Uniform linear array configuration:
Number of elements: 16
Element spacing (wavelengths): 1
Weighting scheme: binomial
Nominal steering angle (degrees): -45
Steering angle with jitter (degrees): -45.625
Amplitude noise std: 0.05
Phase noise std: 0.05

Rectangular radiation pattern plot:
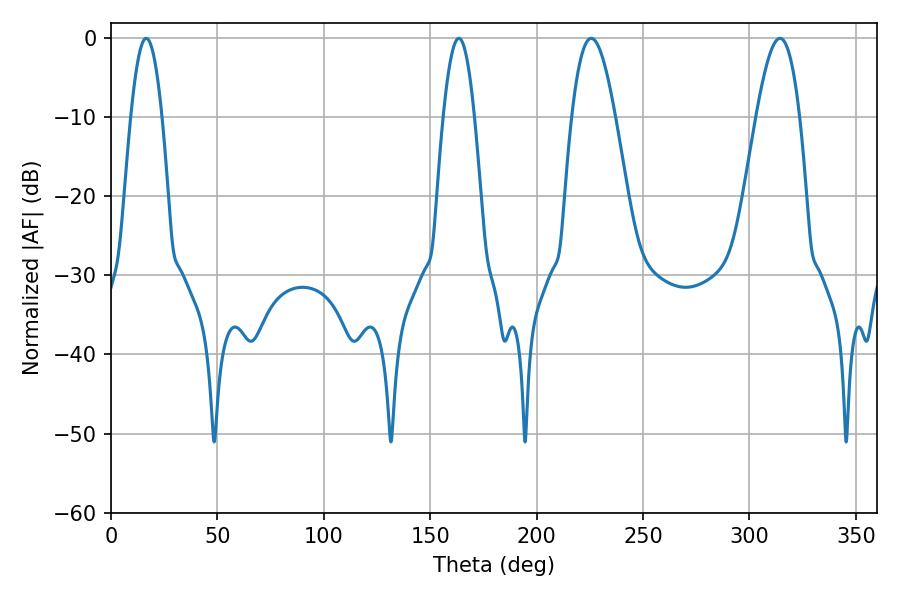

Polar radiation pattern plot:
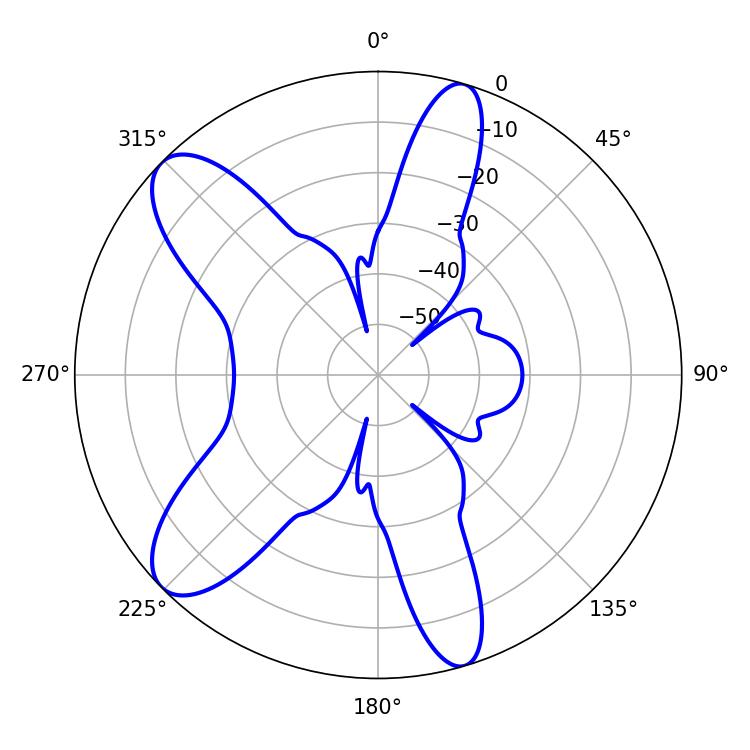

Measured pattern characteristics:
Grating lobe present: TRUE
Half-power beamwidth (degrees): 7.92
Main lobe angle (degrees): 16.56